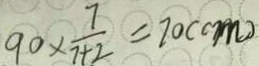
9 0 \times \frac { 7 } { 7 + 2 } = 7 0 ( c m )